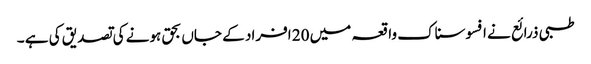
طبی ذرائع نے افسوسناک واقعہ میں 20 افراد کے جاں بحق ہونے کی تصدیق کی ہے ۔